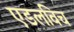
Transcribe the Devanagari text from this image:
एडलविच